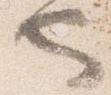
也